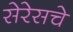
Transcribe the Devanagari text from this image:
सेरेसचे